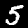
Label: 5